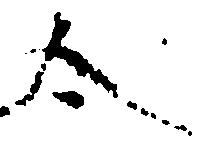
合